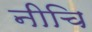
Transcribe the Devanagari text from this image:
नीचि